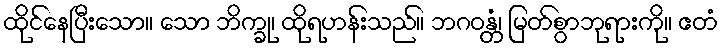
ထိုင်နေပြီးသော။ သော ဘိက္ခု၊ ထိုရဟန်းသည်။ ဘဂဝန္တံ၊ မြတ်စွာဘုရားကို။ ဧတံ